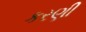
કરણી